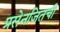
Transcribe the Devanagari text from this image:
प्रसेनजितची